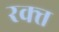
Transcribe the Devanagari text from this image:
रक्त्त